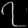
Digit: ၇